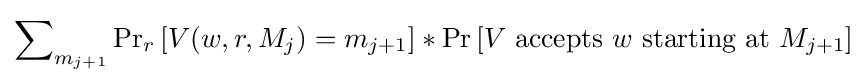
\sum \nolimits _{m_{j+1}}\Pr \nolimits _{r}\left[V(w,r,M_{j})=m_{j+1}\right]*\Pr \left[V{\text{ accepts }}w{\text{ starting at }}M_{j+1}\right]